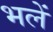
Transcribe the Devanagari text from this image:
भलें